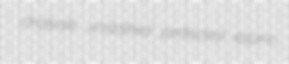
choleate unstalked perfected espino